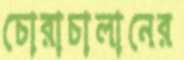
চোরাচালানের